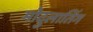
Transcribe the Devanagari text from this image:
मोदुलातिंग